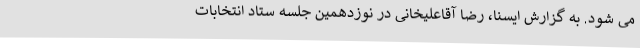
می شود. به گزارش ایسنا، رضا آقاعلیخانی در نوزدهمین جلسه ستاد انتخابات